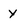
Character: y